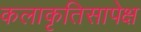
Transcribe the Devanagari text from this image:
कलाकृतिसापेक्ष